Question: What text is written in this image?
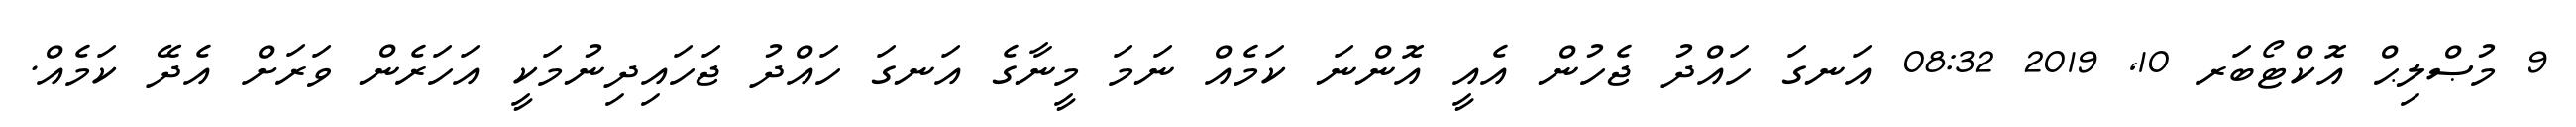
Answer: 9 މުޞްލިޙް އޮކްޓޯބަރ 10, 2019 08:32 އަނގަ ހައްދު ޖެހުން އެއީ އޮންނަ ކަމެއް ނަމަ މީނާގެ އަނގަ ހައްދު ޖަހައިދިނުމަކީ އަހަރެން ވަރަށް އެދޭ ކަމެއް.